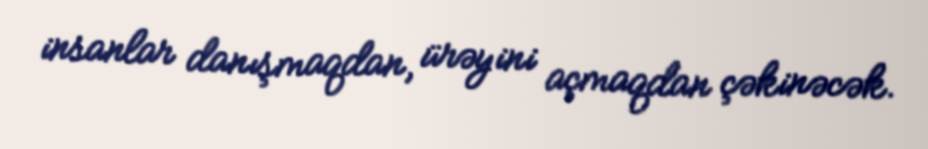
insanlar danışmaqdan, ürəyini açmaqdan çəkinəcək.